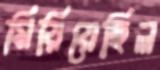
মিয়িয়েছিল